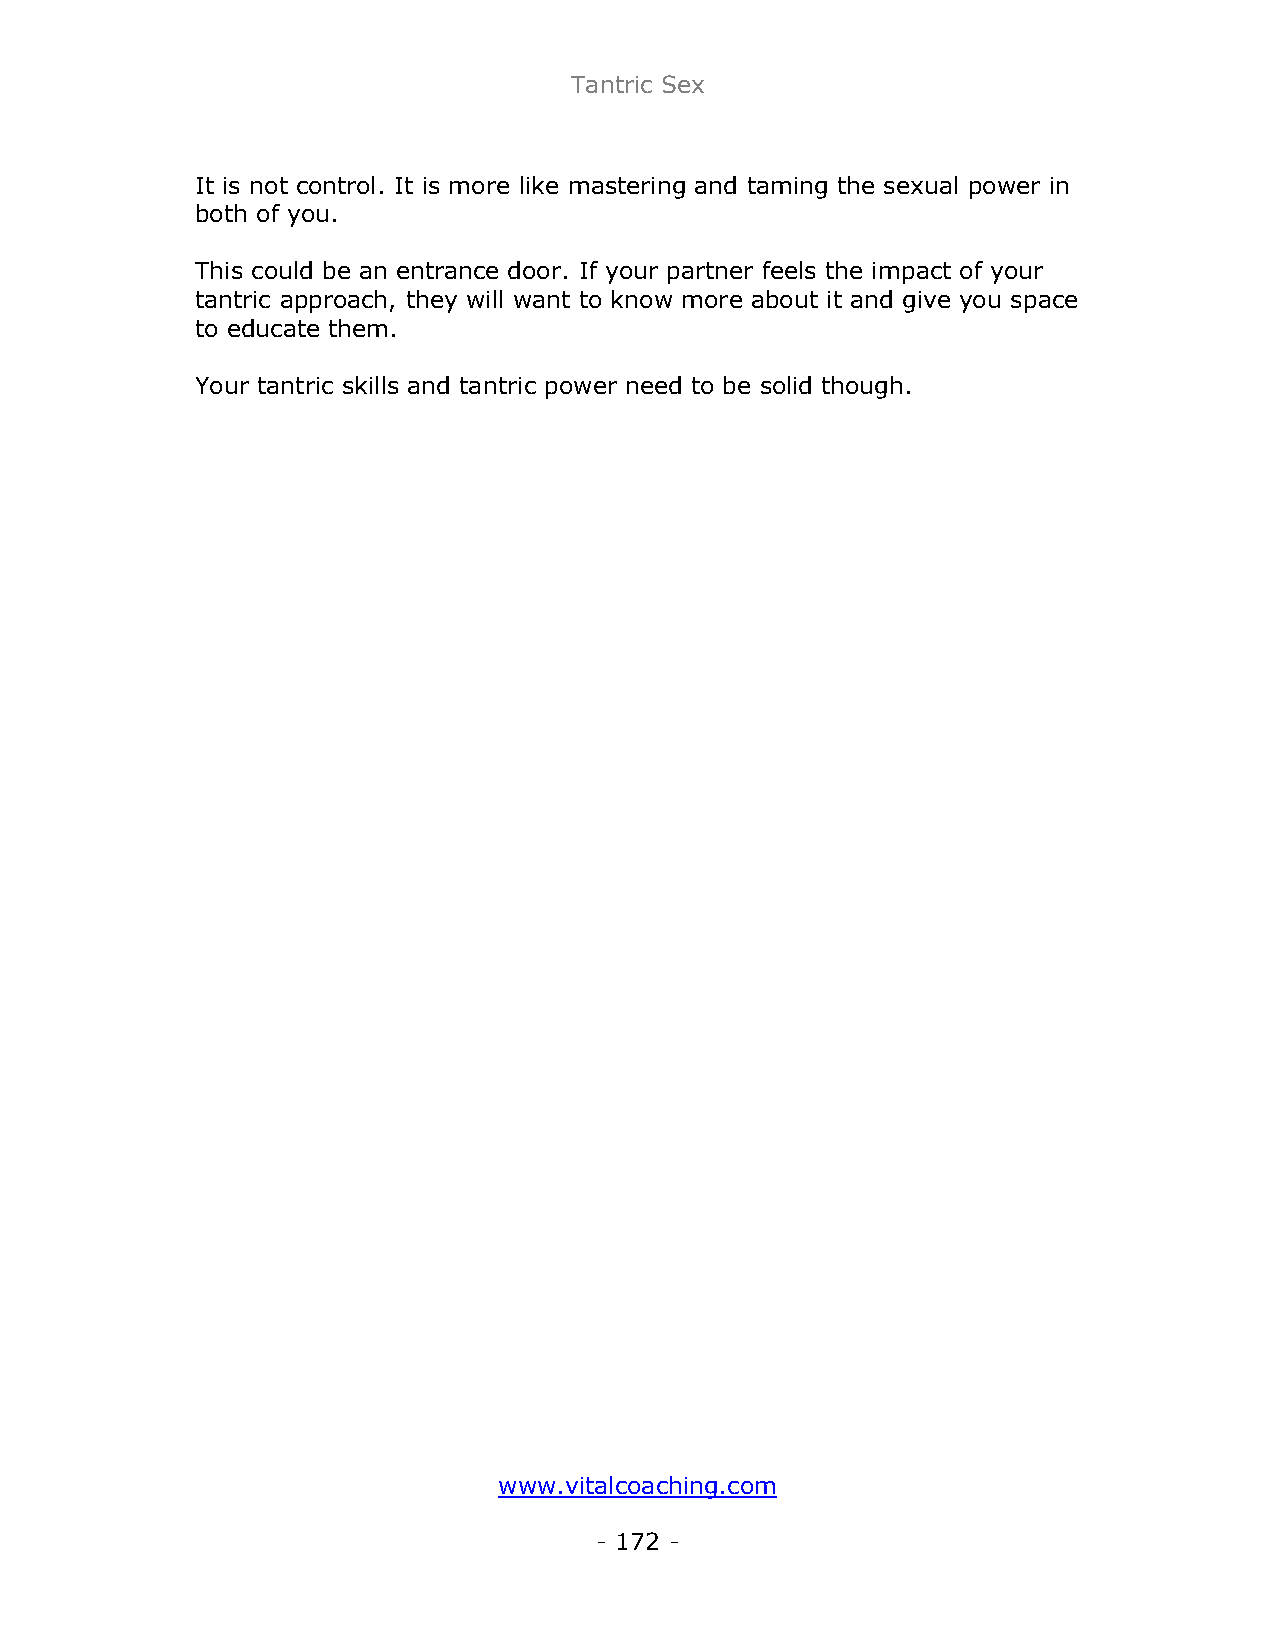
Tantric Sex
 It is not control. It is more like mastering and taming the sexual power in
 both of you.
 This could be an entrance door. If your partner feels the impact of your
 tantric approach, they will want to know more about it and give you space
 to educate them.
 Your tantric skills and tantric power need to be solid though.
 www.vitalcoaching.com
 - 172 -